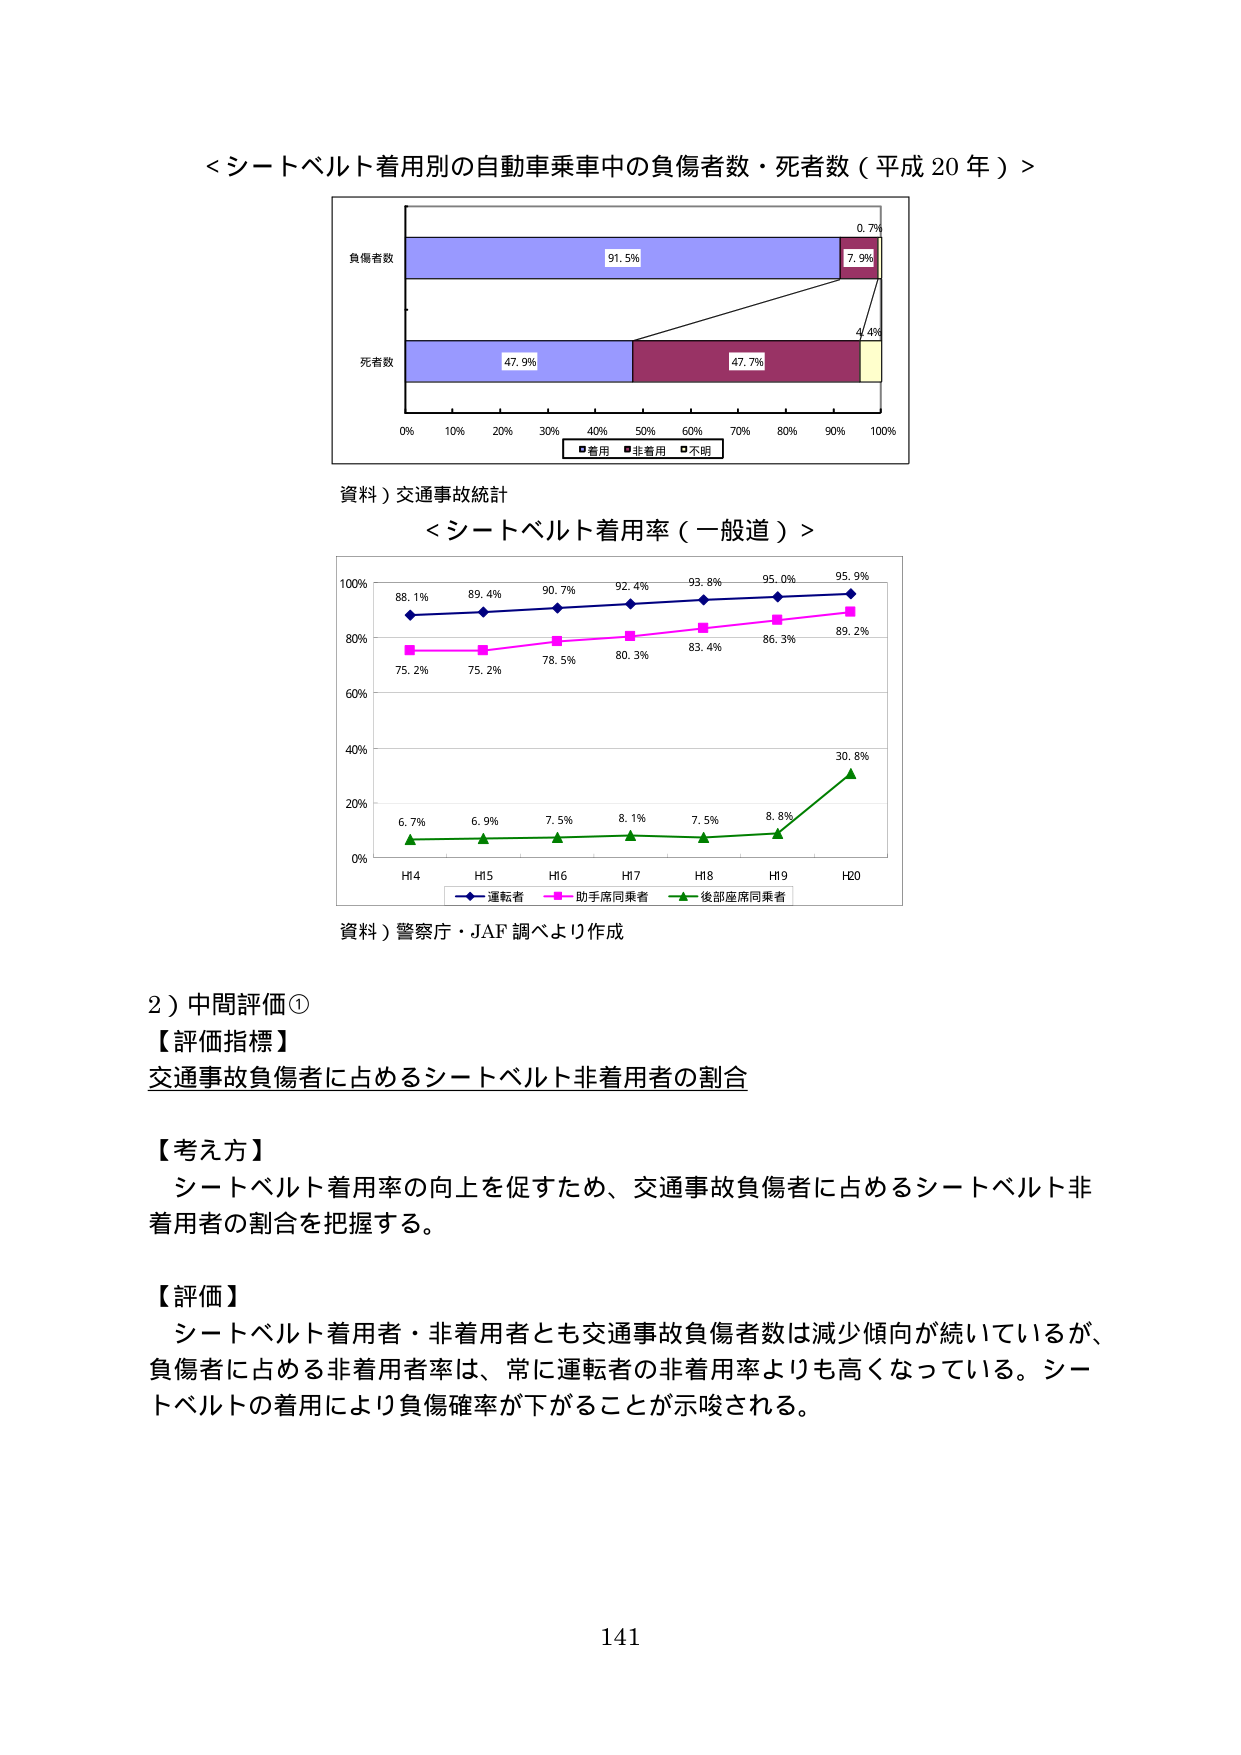
＜シートベルト着用別の自動車乗車中の負傷者数・死者数（平成20年）＞

負傷者数
91.5%
7.9%
0.7%

死者数
47.9%
47.7%
4.4%

■着用 ■非着用 ■不明

資料）交通事故統計

＜シートベルト着用率（一般道）＞

100%
88.1%
89.4%
90.7%
92.4%
93.8%
95.0%
95.9%

80%
75.2%
75.2%
78.5%
80.3%
83.4%
86.3%
89.2%

60%

40%

20%
6.7%
6.9%
7.5%
8.1%
7.5%
8.8%
30.8%

0%
H4 H5 H6 H7 H8 H9 H20

■運転者 ■助手席同乗者 ■後部座席同乗者

資料）警察庁・JAF調べより作成

2）中間評価①
【評価指標】
交通事故負傷者に占めるシートベルト非着用者の割合

【考え方】
シートベルト着用率の向上を促すため、交通事故負傷者に占めるシートベルト非着用者の割合を把握する。

【評価】
シートベルト着用者・非着用者とも交通事故負傷者数は減少傾向が続いているが、負傷者に占める非着用者率は、常に運転者の非着用率よりも高くなっている。シートベルトの着用により負傷確率が下がることが示唆される。

141